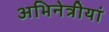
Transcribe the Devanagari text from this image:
अभिनेत्रीयां